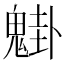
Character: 𩳴